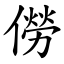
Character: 僗